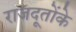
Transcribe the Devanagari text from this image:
राजदूतोंके